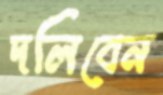
দলিবেন